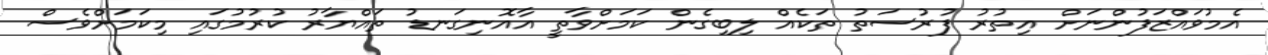
އެމުވައްޒަފުންނަށް އިތުރު ފުރުސަތު ތަކެއް ލިބިގެން ކަމަށްވާތީ އާއޮނިގަނޑު ތައްޔާރު ކުރުމުގައި މިކަމަށްވެސް